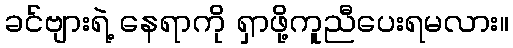
ခင်ဗျားရဲ့ နေရာကို ရှာဖို့ကူညီပေးရမလား။